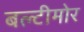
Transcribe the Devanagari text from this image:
बल्टीमोर